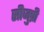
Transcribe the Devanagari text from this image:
सीजुच्री